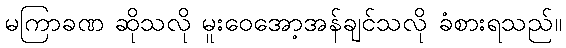
မကြာခဏ ဆိုသလို မူးဝေအော့အန်ချင်သလို ခံစားရသည်။